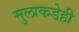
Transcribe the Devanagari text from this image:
मुलाकडेही